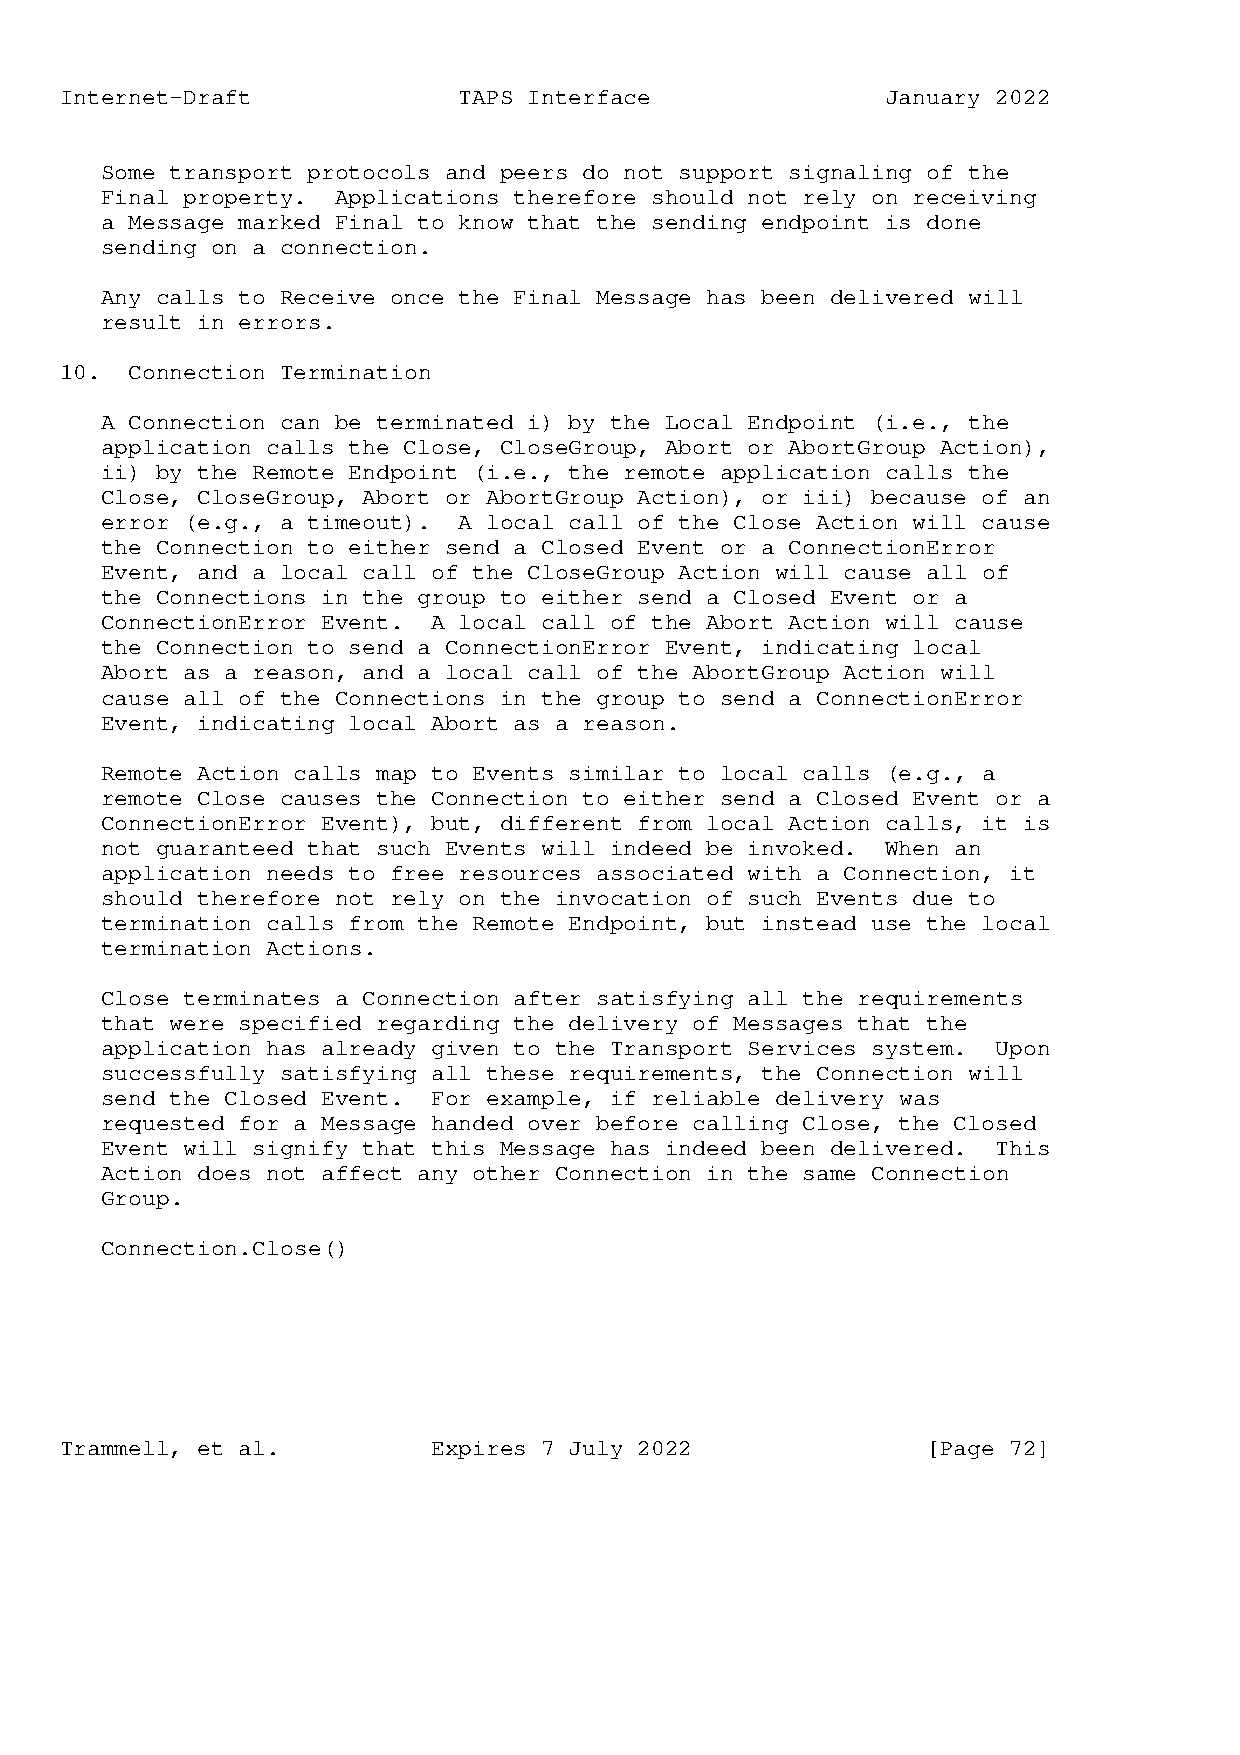
Internet-Draft            TAPS Interface               January 2022
 Some transport protocols and peers do not support signaling of the
 Final property. Applications therefore should not rely on receiving
 a Message marked Final to know that the sending endpoint is done
 sending on a connection.
 Any calls to Receive once the Final Message has been delivered will
 result in errors.
 10.  Connection Termination
 A Connection can be terminated i) by the Local Endpoint (i.e., the
 application calls the Close, CloseGroup, Abort or AbortGroup Action),
 ii) by the Remote Endpoint (i.e., the remote application calls the
 Close, CloseGroup, Abort or AbortGroup Action), or iii) because of an
 error (e.g., a timeout). A local call of the Close Action will cause
 the Connection to either send a Closed Event or a ConnectionError
 Event, and a local call of the CloseGroup Action will cause all of
 the Connections in the group to either send a Closed Event or a
 ConnectionError Event. A local call of the Abort Action will cause
 the Connection to send a ConnectionError Event, indicating local
 Abort as a reason, and a local call of the AbortGroup Action will
 cause all of the Connections in the group to send a ConnectionError
 Event, indicating local Abort as a reason.
 Remote Action calls map to Events similar to local calls (e.g., a
 remote Close causes the Connection to either send a Closed Event or a
 ConnectionError Event), but, different from local Action calls, it is
 not guaranteed that such Events will indeed be invoked. When an
 application needs to free resources associated with a Connection, it
 should therefore not rely on the invocation of such Events due to
 termination calls from the Remote Endpoint, but instead use the local
 termination Actions.
 Close terminates a Connection after satisfying all the requirements
 that were specified regarding the delivery of Messages that the
 application has already given to the Transport Services system. Upon
 successfully satisfying all these requirements, the Connection will
 send the Closed Event. For example, if reliable delivery was
 requested for a Message handed over before calling Close, the Closed
 Event will signify that this Message has indeed been delivered. This
 Action does not affect any other Connection in the same Connection
 Group.
 Connection.Close()
 Trammell, et al.         Expires 7 July 2022             [Page 72]